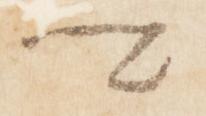
卿